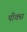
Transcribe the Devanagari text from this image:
पीक्स